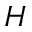
H